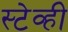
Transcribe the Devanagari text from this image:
स्टेव्ही